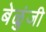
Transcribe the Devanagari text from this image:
बेळुंजी